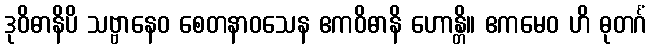
ဒုဝိဓာနိပိ သဗ္ဗာနေဝ စေတနာဝသေန ဧကဝိဓာနိ ဟောန္တိ။ ဧကမေဝ ဟိ ဓုတင်္ဂံ